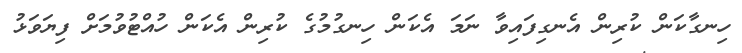
ހިނގާކަން ކުރިން އެނގިފައިވާ ނަމަ އެކަން ހިނގުމުގެ ކުރިން އެކަން ހުއްޓުވުމަށް ފިޔަވަޅު